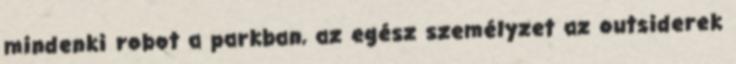
mindenki robot a parkban, az egész személyzet az outsiderek